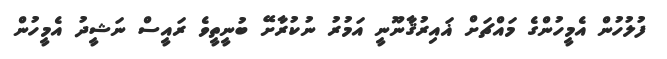
ފުލުހުން އެމީހުންގެ މައްޗަށް ޣައިރުޤާނޫނީ އަމުރު ނުކުރާށޭ ބުނީތީވެ ރައީސް ނަޝީދު އެމީހުން